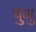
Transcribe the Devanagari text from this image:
युजु